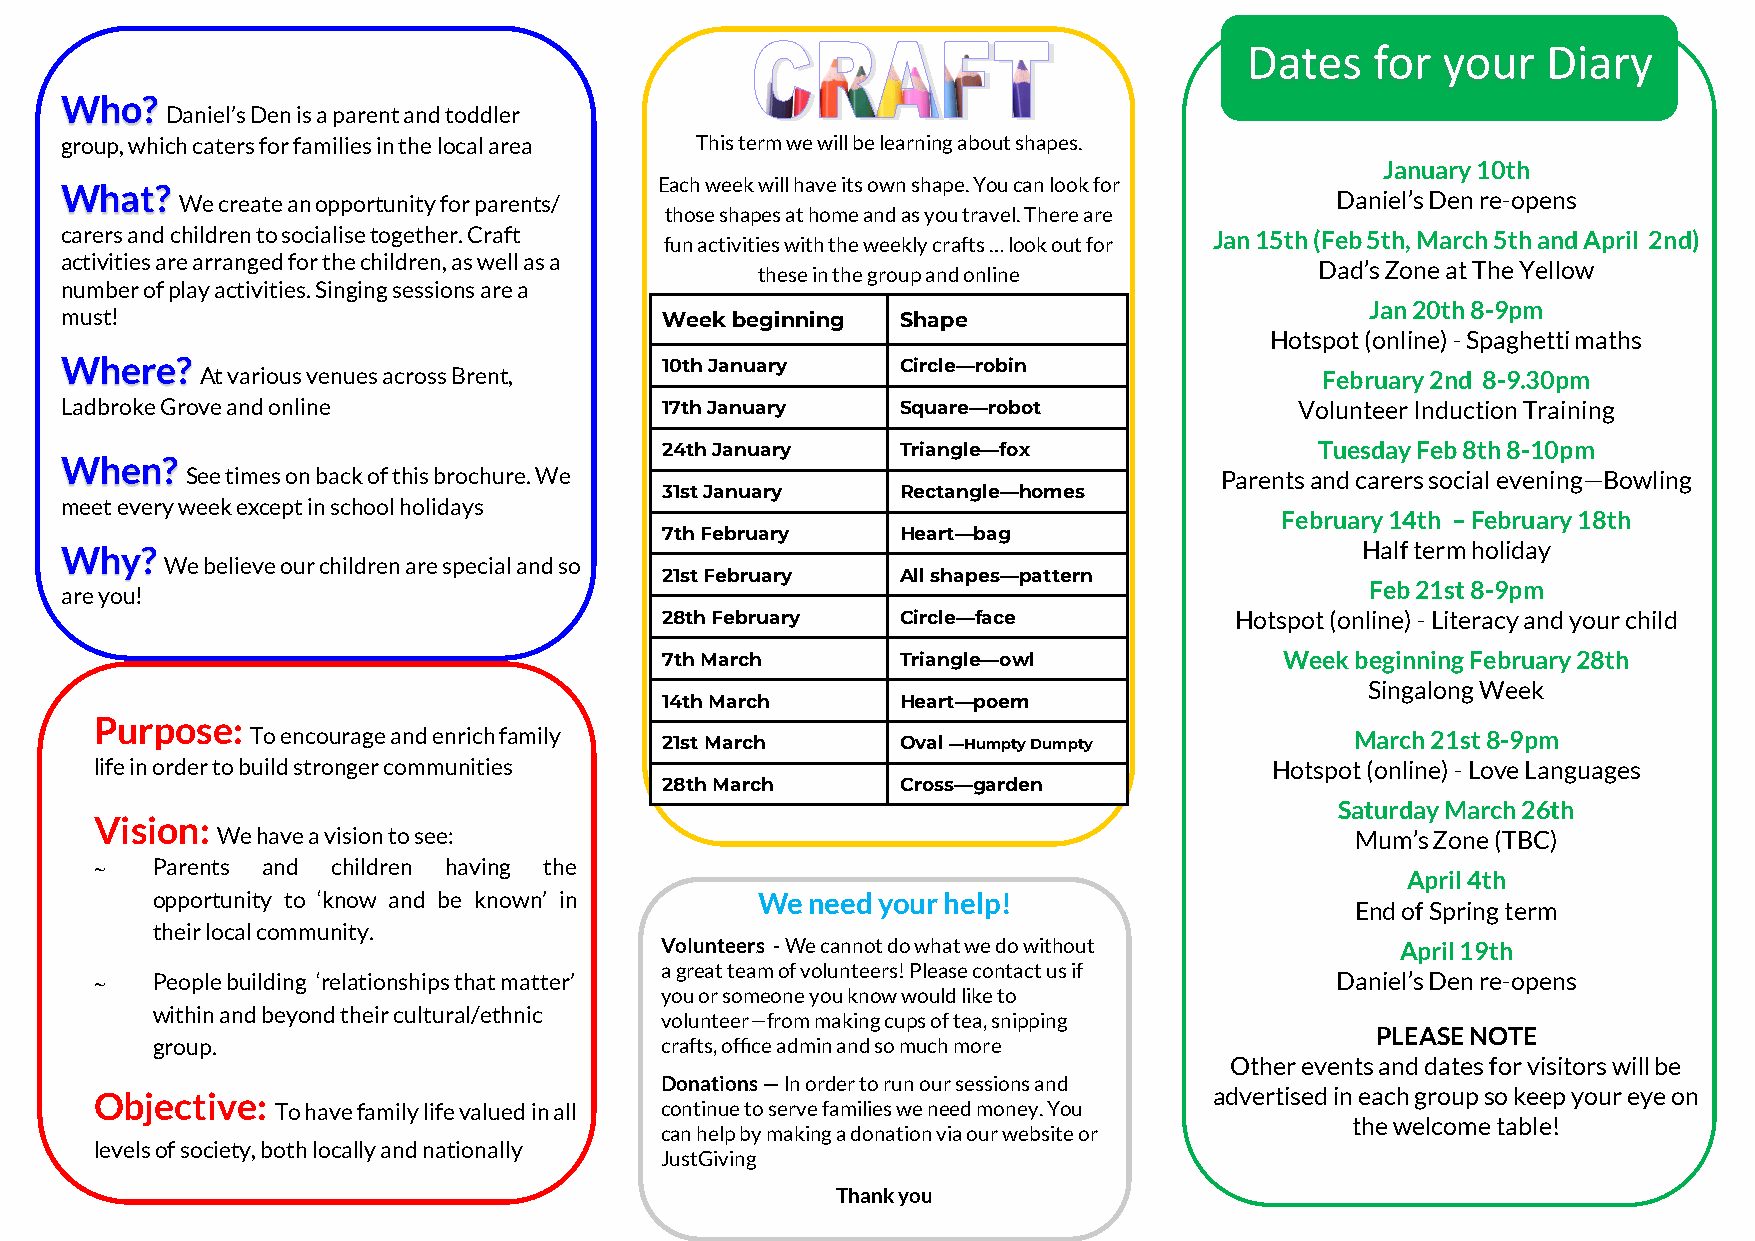
Dates   for your   Diary
 Who?
 Daniel’s Den is a parent and toddler
 group, which caters for families in the local area This term we will be learning about shapes.
 January 10th
 Each week will have its own shape. You can look for
 What?
 We create an opportunity for parents/                                       Daniel’s Den re-opens
 those shapes at home and as you travel. There are
 carers and children to socialise together. Craft                            Jan 15th (Feb 5th, March 5th and April 2nd)
 fun activities with the weekly crafts … look out for
 activities are arranged for the children, as well as a
 these in the group and online        Dad’s Zone at The Yellow
 number of play activities. Singing sessions are a
 Jan 20th 8-9pm
 must!                                   Week beginning  Shape
 Hotspot (online) - Spaghetti maths
 Where?                                  10th January    Circle—robin
 At various venues across Brent,                                           February 2nd 8-9.30pm
 Ladbroke Grove and online               17th January    Square—robot              Volunteer Induction Training
 24th January    Triangle—fox               Tuesday Feb 8th 8-10pm
 When?
 See times on back of this brochure. We                               Parents and carers social evening—Bowling
 31st January    Rectangle—homes
 meet every week except in school holidays
 February 14th – February 18th
 7th February    Heart—bag
 Why?                                                                                  Half term holiday
 We believe our children are special and so
 21st February   All shapes—pattern
 are you!
 Feb 21st 8-9pm
 28th February   Circle—face           Hotspot (online) - Literacy and your child
 7th March       Triangle—owl             Week beginning February 28th
 Singalong Week
 14th March      Heart—poem
 Purpose:
 To encourage and enrich family 21st March  Oval —Humpty Dumpty           March 21st 8-9pm
 life in order to build stronger communities                                   Hotspot (online) - Love Languages
 28th March      Cross—garden
 Saturday March 26th
 Vision:
 We have a vision to see:                                                    Mum’s Zone (TBC)
    Parents and children having the
 April 4th
 opportunity to ‘know and be known’ in   We  need your help!
 End of Spring term
 their local community.
 Volunteers - We cannot do what we do without     April 19th
 a great team of volunteers! Please contact us if
    People building ‘relationships that matter’                                   Daniel’s Den re-opens
 you or someone you know would like to
 within and beyond their cultural/ethnic
 volunteer—from making cups of tea, snipping
 PLEASE NOTE
 group.                            crafts, office admin and so much more
 Other events and dates for visitors will be
 Donations — In order to run our sessions and
 Objective:                                                                advertised in each group so keep your eye on
 To have family life valued in all continue to serve families we need money. You
 the welcome table!
 can help by making a donation via our website or
 levels of society, both locally and nationally
 JustGiving
 Thank you